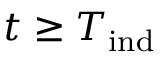
t \geq T _ { \mathrm { i n d } }